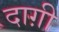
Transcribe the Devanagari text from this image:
दाग़ी